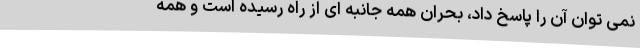
نمی توان آن را پاسخ داد، بحران همه جانبه ای از راه رسیده است و همه